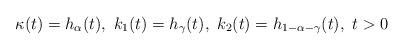
LaTeX: \begin{align*}\kappa(t) = h_\alpha(t),\ k_1(t) = h_\gamma(t),\ k_2(t)=h_{1-\alpha-\gamma}(t),\ t>0\end{align*}